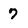
Character: 7